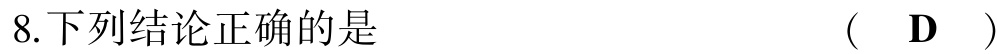
8.下列结论正确的是  (  D  )